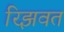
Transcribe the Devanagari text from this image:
रिझवत